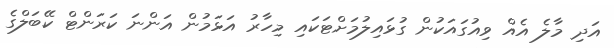
އަދި މާލެ އެއް ވިއުގައަކުން ގުޅައިލުމަށްޓަކައި މިހާރު އަޅަމުން އަންނަ ކަރަންޓް ކޭބަލްގެ